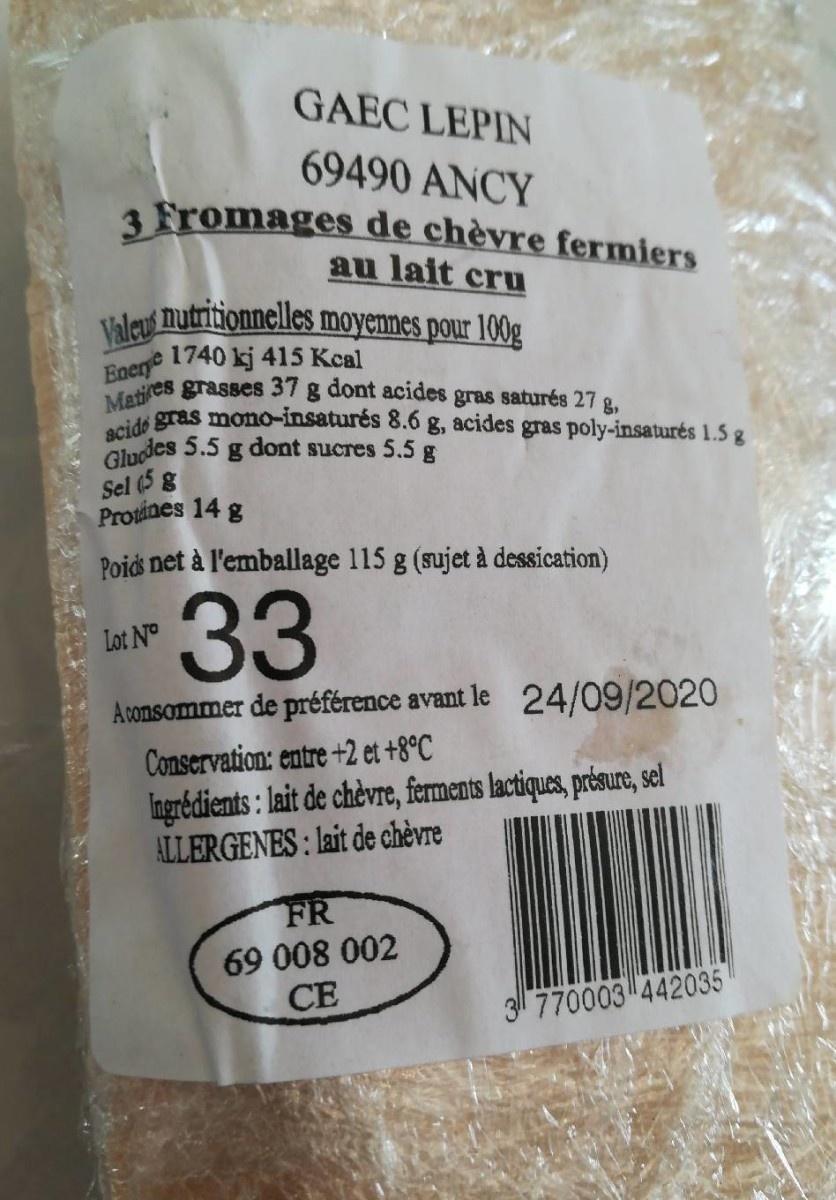
GAEC LEPIN
69490 ANCY 1 Fromages de chèvre fermiers
au lait cru
Valeu nutritionnelles moyennes pour 100g
Maties Enery 1740 kj 415 Kcal grasses 37 g dont acides gras saturés 27 g, de gras mono-insaturés 8.6 g, acides gras poly-insaturés 1.5 g
Gludes 5.5 g dont sucres 5.5 g
Sel (5 g Protines 14 g
Poids net à l'emballage 115 g (sujet à dessication)
33
Lot N°
Acomsommer de préférence avant le 24/09/2020
Conservation: entre +2 et +8°C Ingrédients : lait de chèvre, ferments lactiques, présure, sel ALLERGENES : lait de chèvre
FR
69 008 002 СЕ
3 770003 442035